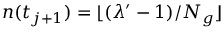
n ( t _ { j + 1 } ) = \lfloor ( \lambda ^ { \prime } - 1 ) / N _ { g } \rfloor